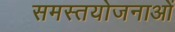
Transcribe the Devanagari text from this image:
समस्तयोजनाओं